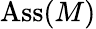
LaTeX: \operatorname{Ass}(M)